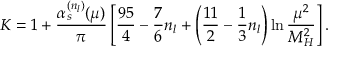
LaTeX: K = 1 + \frac { \alpha _ { s } ^ { ( n _ { l } ) } ( \mu ) } { \pi } \left[ \frac { 9 5 } { 4 } - \frac { 7 } { 6 } n _ { l } + \left( \frac { 1 1 } { 2 } - \frac { 1 } { 3 } n _ { l } \right) \ln \frac { \mu ^ { 2 } } { M _ { H } ^ { 2 } } \right] .